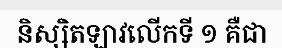
និស្សិតឡាវលើកទី ១ គឺជា